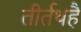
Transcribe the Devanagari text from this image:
तीर्तथहै